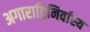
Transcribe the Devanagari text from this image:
अगाराद्विनिर्वास्य